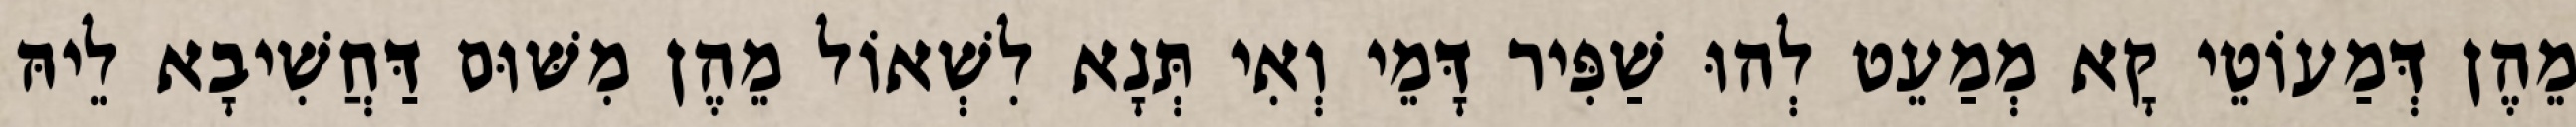
מֵהֶן דְּמַעוֹטֵי קָא מְמַעֵט לְהוּ שַׁפִּיר דָּמֵי וְאִי תְּנָא לִשְׁאוֹל מֵהֶן מִשּׁוּם דַּחֲשִׁיבָא לֵיהּ